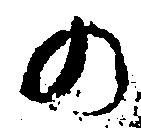
の